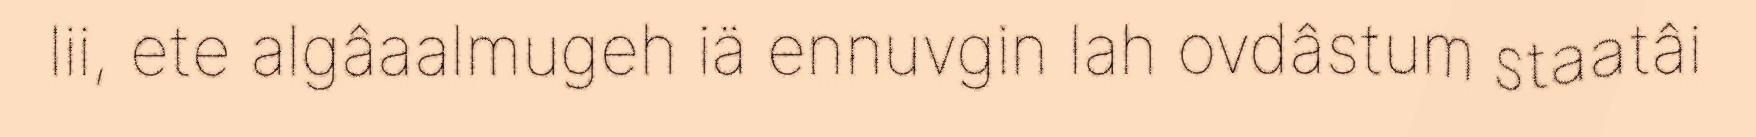
lii, ete algâaalmugeh iä ennuvgin lah ovdâstum staatâi